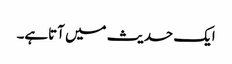
ایک حدیث میں آتاہے۔